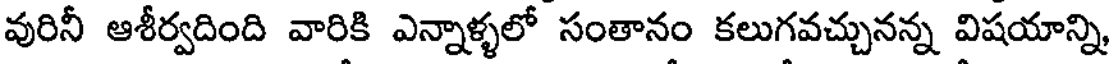
వురినీ ఆశీర్వదింది వారికి ఎన్నాళ్ళలో సంతానం కలుగవచ్చునన్న విషయాన్ని